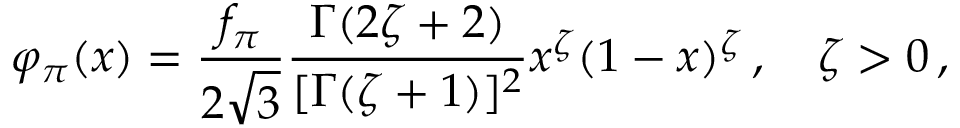
\varphi _ { \pi } ( x ) = \frac { f _ { \pi } } { 2 \sqrt { 3 } } \frac { \Gamma ( 2 \zeta + 2 ) } { [ \Gamma ( \zeta + 1 ) ] ^ { 2 } } x ^ { \zeta } ( 1 - x ) ^ { \zeta } \, , \quad \zeta > 0 \, ,